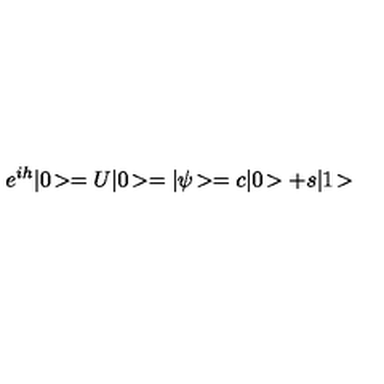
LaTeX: e ^ { i h } | 0 \! > = U | 0 \! > = | \psi \! > = c | 0 \! > + s | 1 \! >